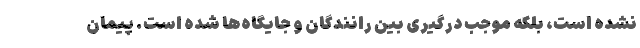
نشده است، بلکه موجب درگیری بین رانندگان و جایگاه‌ها شده است. پیمان